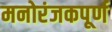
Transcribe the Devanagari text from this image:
मनोरंजकपूर्ण